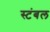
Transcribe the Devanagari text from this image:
स्टंबल